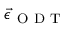
\vec { \epsilon } _ { \mathrm { ~ O ~ D ~ T ~ } }